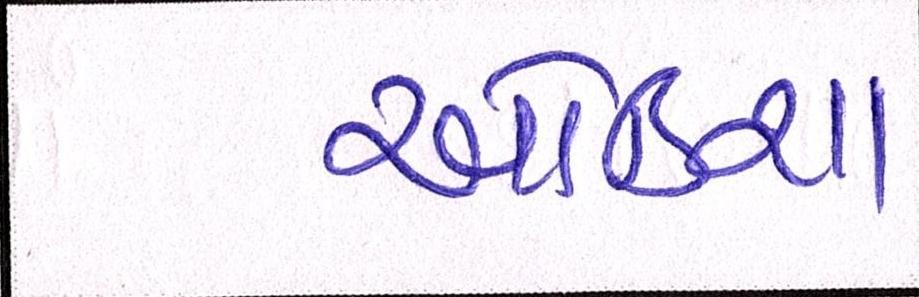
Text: ઓડિશા